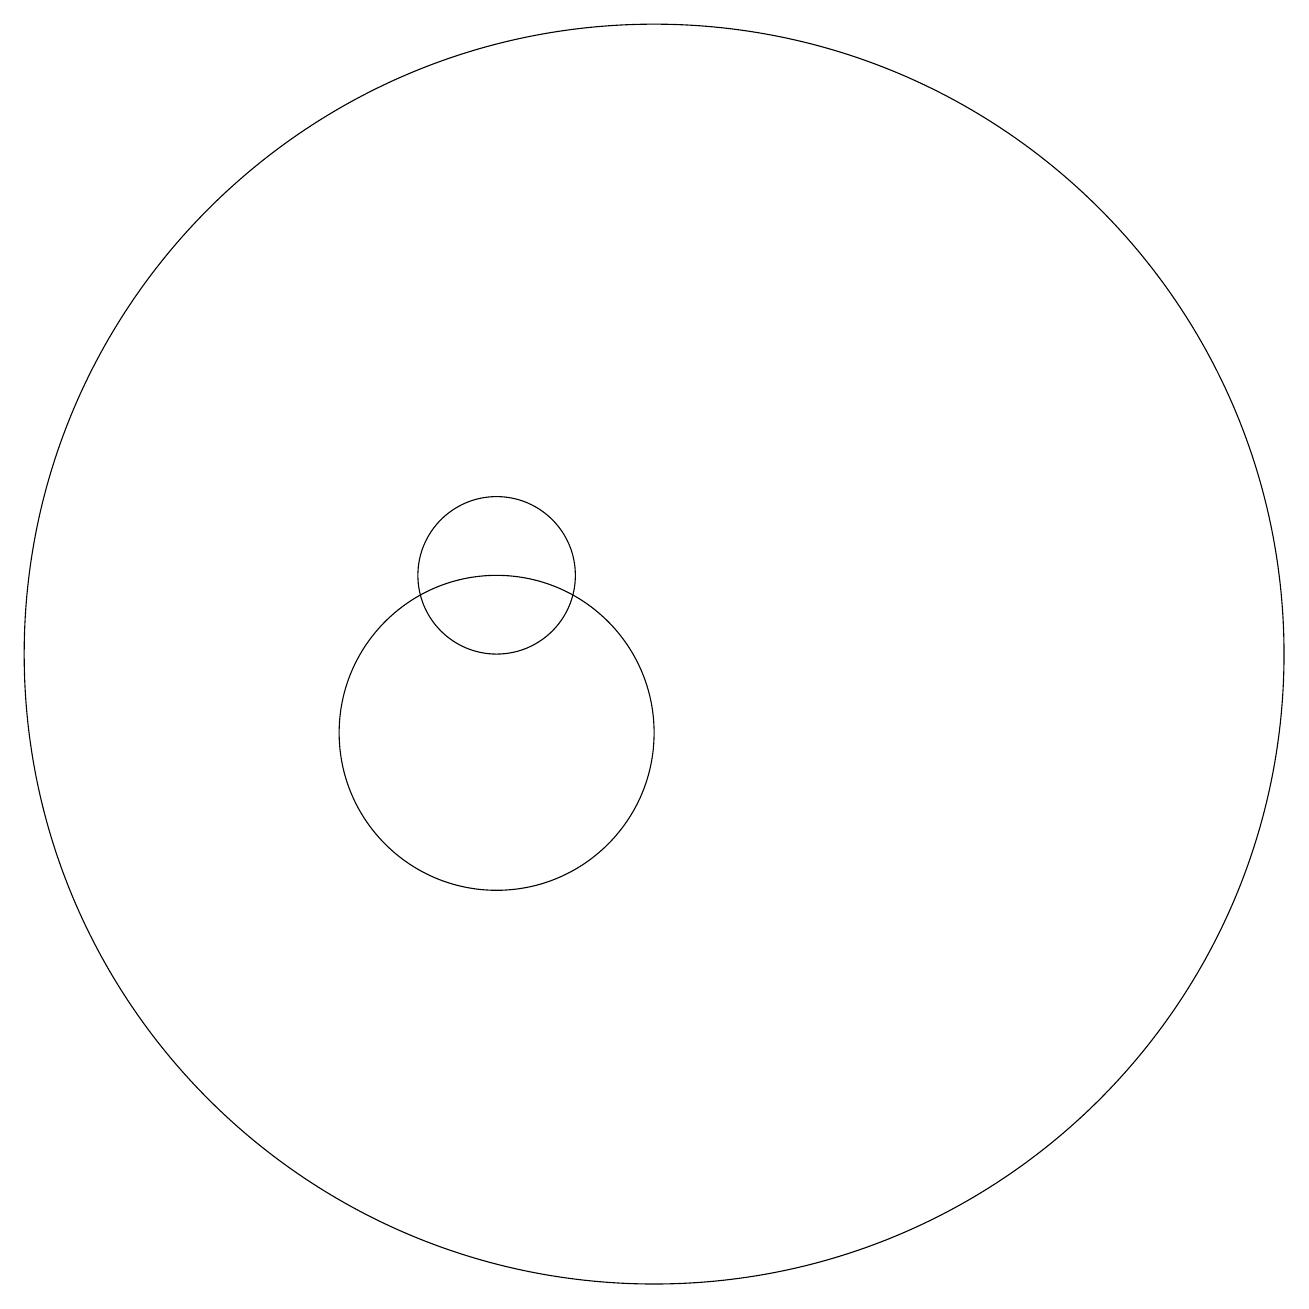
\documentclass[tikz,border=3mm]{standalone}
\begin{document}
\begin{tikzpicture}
\draw (12,11) circle (8);
\draw (10,12) circle (1);
\draw (10,10) circle (2);
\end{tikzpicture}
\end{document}